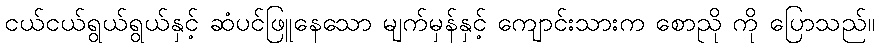
ငယ်ငယ်ရွယ်ရွယ်နှင့် ဆံပင်ဖြူနေသော မျက်မှန်နှင့် ကျောင်းသားက စောညို ကို ပြောသည်။